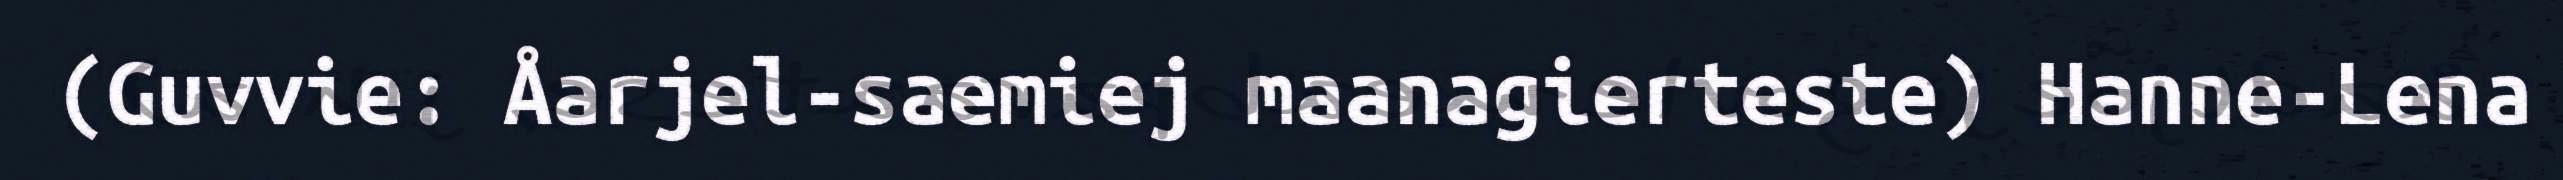
(Guvvie: Åarjel-saemiej maanagierteste) Hanne-Lena